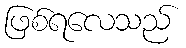
ဖြစ်ရလေသည်